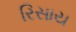
રિસાય